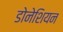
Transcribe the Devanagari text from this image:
डोनेशियन